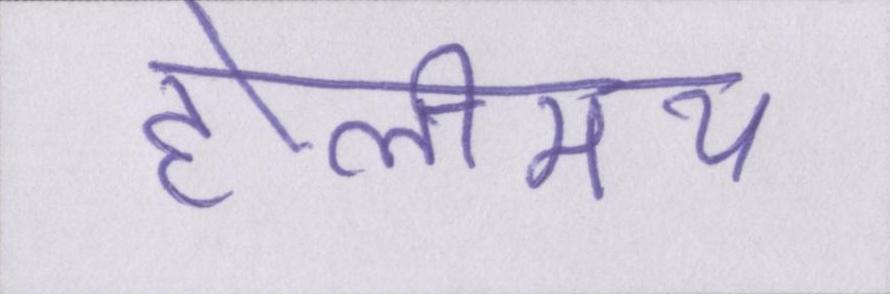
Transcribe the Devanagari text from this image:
होलीमय